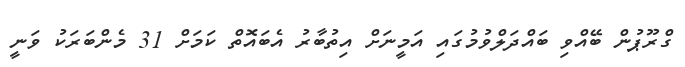
ގްރޫޕުން ބޭއްވި ބައްދަލްވުމުގައި އަމީނަށް އިތުބާރު އެބައޮތް ކަމަށް 31 މެންބަރަކު ވަނީ